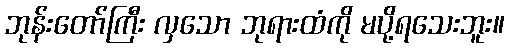
ဘုန်းတော်ကြီး လှသော ဘုရားထံကို မပို့ရသေးဘူး။